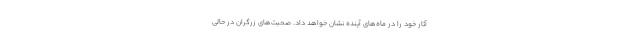
آثار خود را در ماه‌های آینده نشان خواهد داد. صحبت‌های زرگران در حالی